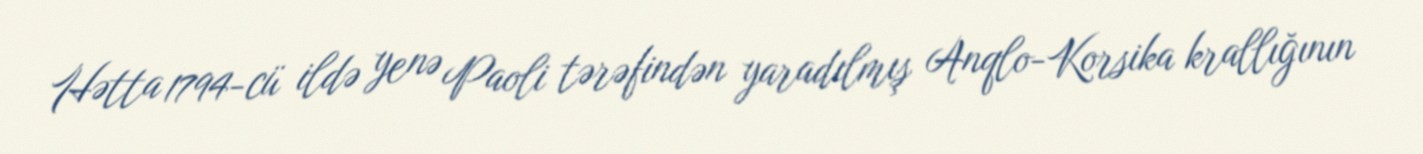
Hətta 1794-cü ildə yenə Paoli tərəfindən yaradılmış Anqlo-Korsika krallığının